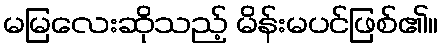
မမြလေးဆိုသည့် မိန်းမပင်ဖြစ်၏။